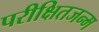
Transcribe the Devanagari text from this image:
परीक्षितजन्म